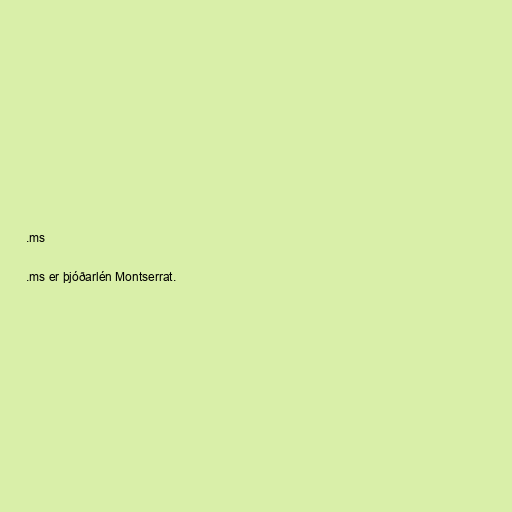
.ms

.ms er þjóðarlén Montserrat.